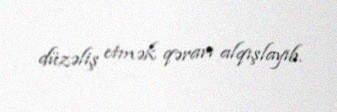
düzəliş etmək qərarı alqışlayıb.